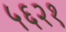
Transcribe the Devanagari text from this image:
५६२१